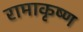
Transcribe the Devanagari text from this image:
रामाकृष्ण